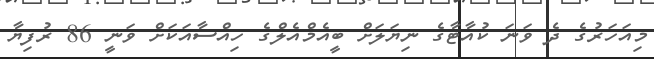
މިއަހަރުގެ ދެ ވަނަ ކުއާޓާގެ ނިޔަލަށް ބީއެމްއެލްގެ ހިއްސާއަކަށް ވަނީ 86 ރުފިޔާ